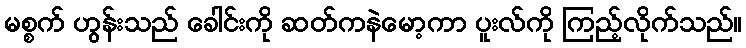
မစ္စက် ဟွန်းသည် ခေါင်းကို ဆတ်ကနဲမော့ကာ ပူးလ်ကို ကြည့်လိုက်သည်။